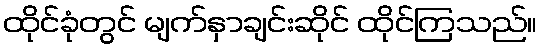
ထိုင်ခုံတွင် မျက်နှာချင်းဆိုင် ထိုင်ကြသည်။